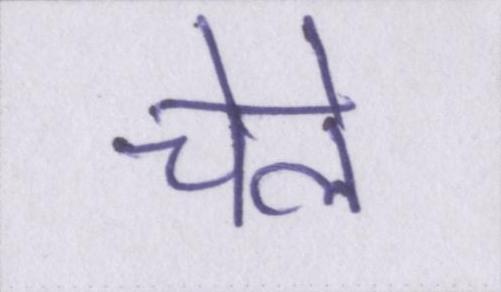
चेले